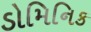
ડોમિનિક